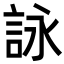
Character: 詠